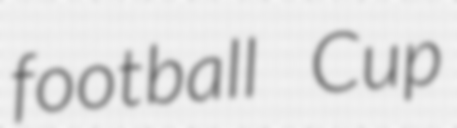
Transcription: football Cup